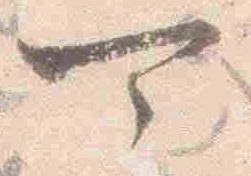
可